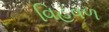
વિહવળ